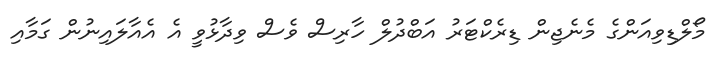
މޯލްޑިވިއަންގެ މެނެޖިން ޑިރެކްޓަރު އަބްދުލް ހާރިސް ވެސް ވިދާޅުވީ އެ އެއާލައިނުން ގަމާއި